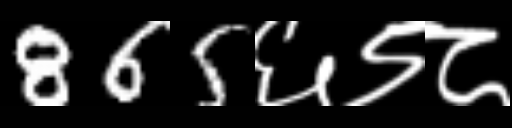
Text: 865६९८